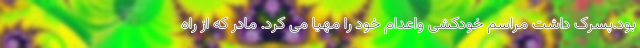
بود.پسرک داشت مراسم خودکشی واعدام خود را مهیا می کرد. مادر که از راه